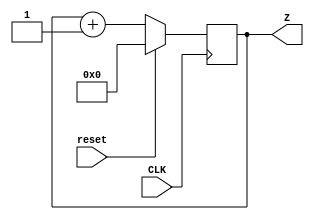
module fourbc (input CLK,
               input reset,
               output reg[3:0] Z);
  
  always@(posedge CLK) begin
    if(reset)
      Z <= 0;
    else
      Z <= Z + 1;
  end
endmodule